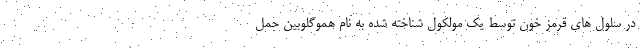
در سلول های قرمز خون توسط یک مولکول شناخته شده به نام هموگلوبین حمل